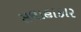
સલાહાકાર